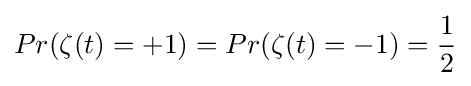
Pr(\zeta (t)=+1)=Pr(\zeta (t)=-1)={\frac {1}{2}}